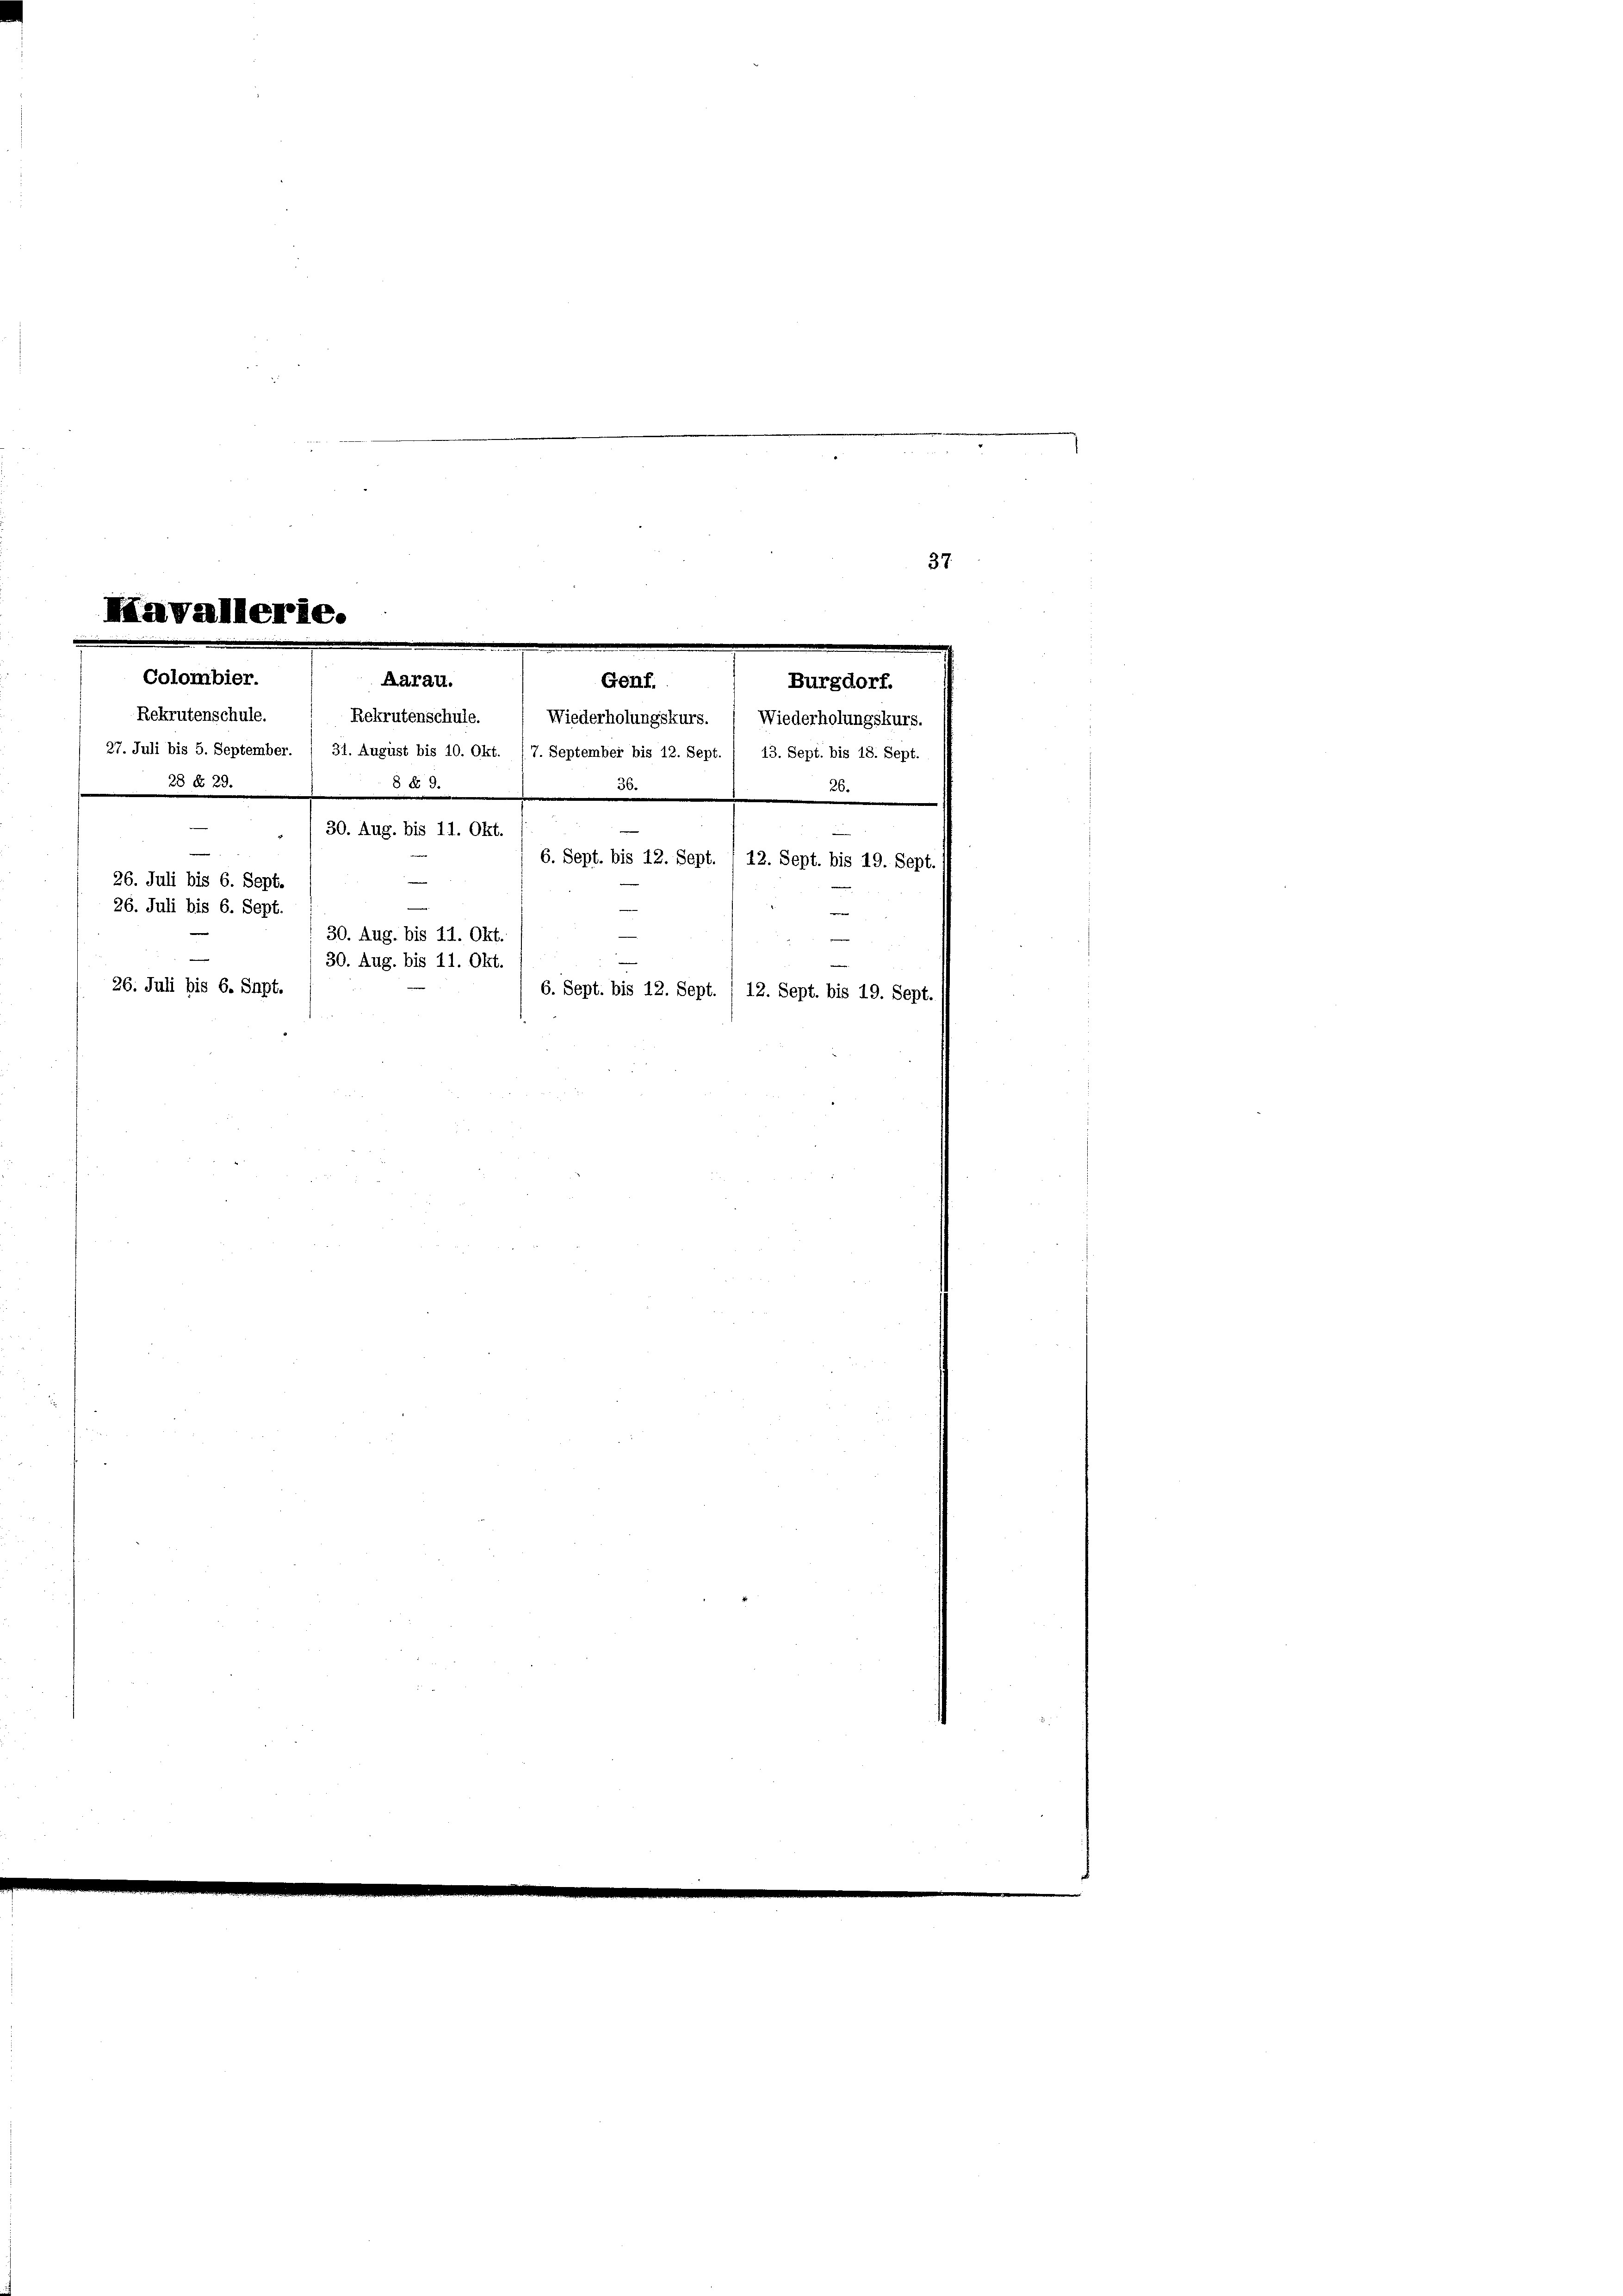
e
Mavallerie.
e
e
e

Colombier.
Aarau.
Genf.
Rekrutenschule.  Rekrutenschule.  Wiederholungskurs. ( Wiederholungskurs.

27. Juli bis 5. September. ( 31. August bis 10. Okt. /7. September bis 12. Sept.
 2
3

.
30. Aug. bis 11. Okt.
.
26. Juli bis 6. Sept.

26. Juli bis 6. Sept.
26. Juli bis 6. Sept.

30. Aug. bis 11. Okt.
30. Aug. bis 11. Okt.

Burgdorf.

13. Sept. bis 18. Sept.
2

6. Sept. bis 12. Sept. / 12. Sept. bis 19. Sept.
e
6. Sept. bis 12. Sept. / 12. Sept. bis 19. Sept.

37.